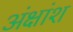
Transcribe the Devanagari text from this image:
अंक्षांश